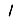
Digit: 1